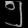
Digit: ၅